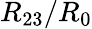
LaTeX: R_{23}/R_{0}